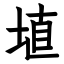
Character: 埴